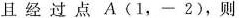
且经过点A(1，-2)，则